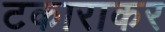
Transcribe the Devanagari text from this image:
टकाराकर